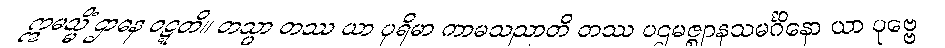
ဣမသ္မိံ ဌာနေ ဝဋ္ဋတိ။ တသ္မာ တဿ ယာ ပုရိမာ ကာမသညာတိ တဿ ပဌမဇ္ဈာနသမင်္ဂိနော ယာ ပုဗ္ဗေ